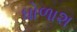
ધોળાશ